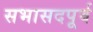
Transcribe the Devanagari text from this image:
सभासदपूर्व